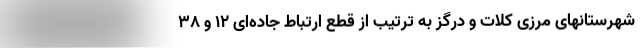
شهرستانهای مرزی کلات و درگز به ترتیب از قطع ارتباط جاده‌ای ۱۲ و ۳۸